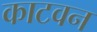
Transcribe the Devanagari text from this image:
काटवन